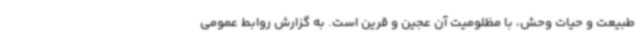
طبیعت و حیات وحش، با مظلومیت آن عجین و قرین است. به گزارش روابط عمومی